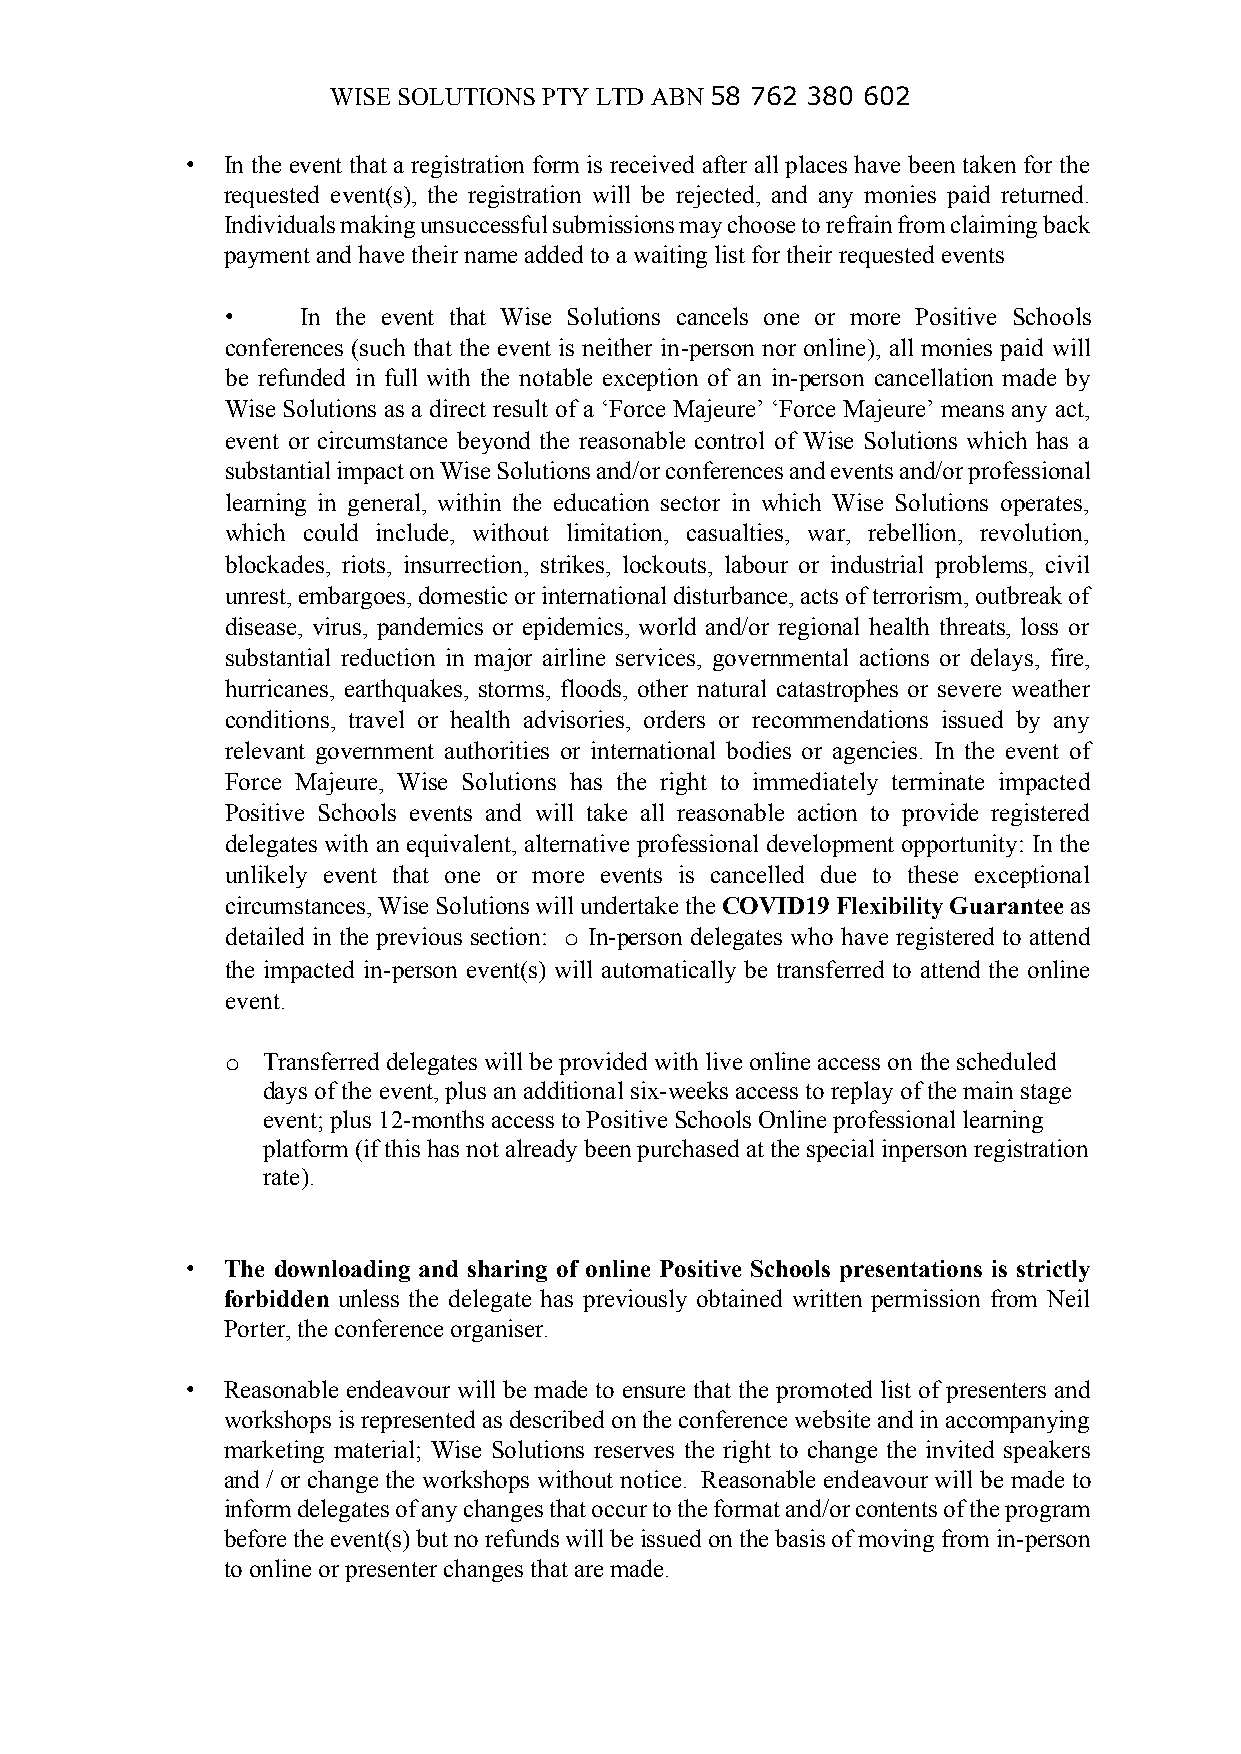
WISE SOLUTIONS PTY LTD ABN 58 762 380 602
 •  In the event that a registration form is received after all places have been taken for the
 requested event(s), the registration will be rejected, and any monies paid returned.
 Individuals making unsuccessful submissions may choose to refrain from claiming back
 payment and have their name added to a waiting list for their requested events
 •    In the event that Wise Solutions cancels one or more Positive Schools
 conferences (such that the event is neither in-person nor online), all monies paid will
 be refunded in full with the notable exception of an in-person cancellation made by
 Wise Solutions as a direct result of a ‘Force Majeure’ ‘Force Majeure’ means any act,
 event or circumstance beyond the reasonable control of Wise Solutions which has a
 substantial impact on Wise Solutions and/or conferences and events and/or professional
 learning in general, within the education sector in which Wise Solutions operates,
 which could include, without limitation, casualties, war, rebellion, revolution,
 blockades, riots, insurrection, strikes, lockouts, labour or industrial problems, civil
 unrest, embargoes, domestic or international disturbance, acts of terrorism, outbreak of
 disease, virus, pandemics or epidemics, world and/or regional health threats, loss or
 substantial reduction in major airline services, governmental actions or delays, fire,
 hurricanes, earthquakes, storms, floods, other natural catastrophes or severe weather
 conditions, travel or health advisories, orders or recommendations issued by any
 relevant government authorities or international bodies or agencies. In the event of
 Force Majeure, Wise Solutions has the right to immediately terminate impacted
 Positive Schools events and will take all reasonable action to provide registered
 delegates with an equivalent, alternative professional development opportunity: In the
 unlikely event that one or more events is cancelled due to these exceptional
 circumstances, Wise Solutions will undertake the COVID19 Flexibility Guarantee as
 detailed in the previous section: o In-person delegates who have registered to attend
 the impacted in-person event(s) will automatically be transferred to attend the online
 event.
 o Transferred delegates will be provided with live online access on the scheduled
 days of the event, plus an additional six-weeks access to replay of the main stage
 event; plus 12-months access to Positive Schools Online professional learning
 platform (if this has not already been purchased at the special inperson registration
 rate).
 •  The downloading and sharing of online Positive Schools presentations is strictly
 forbidden unless the delegate has previously obtained written permission from Neil
 Porter, the conference organiser.
 •  Reasonable endeavour will be made to ensure that the promoted list of presenters and
 workshops is represented as described on the conference website and in accompanying
 marketing material; Wise Solutions reserves the right to change the invited speakers
 and / or change the workshops without notice. Reasonable endeavour will be made to
 inform delegates of any changes that occur to the format and/or contents of the program
 before the event(s) but no refunds will be issued on the basis of moving from in-person
 to online or presenter changes that are made.